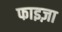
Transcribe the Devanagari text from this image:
फाइज़ा